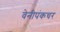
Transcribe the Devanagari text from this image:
वेनीपंकचर